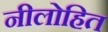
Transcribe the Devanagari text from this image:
नीलोहित